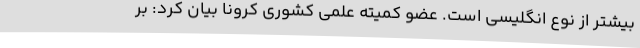
بیشتر از نوع انگلیسی است. عضو کمیته علمی کشوری کرونا بیان کرد: بر